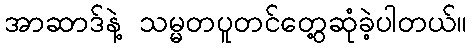
အာဆာဒ်နဲ့ သမ္မတပူတင်တွေ့ဆုံခဲ့ပါတယ်။